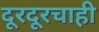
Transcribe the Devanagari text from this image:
दूरदूरचाही